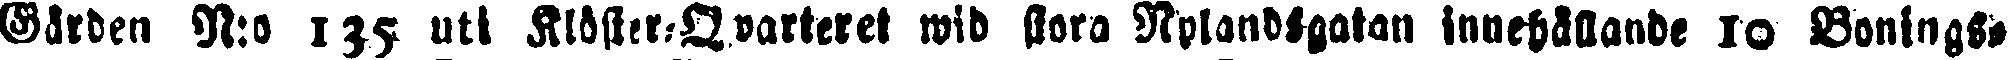
Gården N:o 135 uti Klöster-Qvarteret wid stora Nylandsgatan innehållande 10 Bonings-